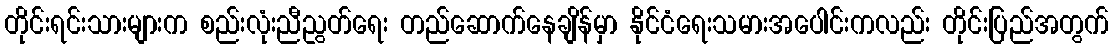
တိုင်းရင်းသားများက စည်းလုံးညီညွတ်ရေး တည်ဆောက်နေချိန်မှာ နိုင်ငံရေးသမားအပေါင်းကလည်း တိုင်းပြည်အတွက်